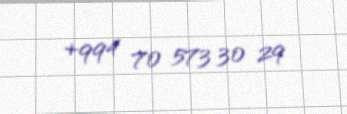
+994 70 573 30 29